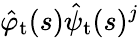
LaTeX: \hat{\varphi}_{\mathrm{t}}(s)\hat{\psi}_{\mathrm{t}}(s)^{j}